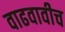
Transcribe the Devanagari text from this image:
वाढवावीच